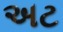
અટ